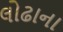
લોઢાના